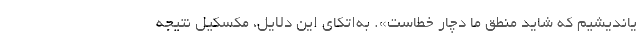
یاندیشیم که شاید منطق ما دچار خطاست». به‌اتکای این دلایل، مکسکیل نتیجه